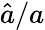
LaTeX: \hat{a}/a